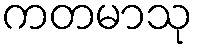
ကတမာသု